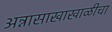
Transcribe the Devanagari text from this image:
अन्नासाखाखाळीचा